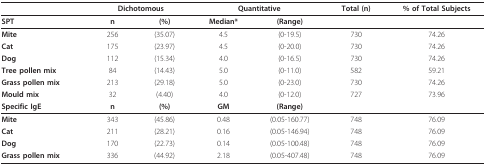
<table><thead><tr><td></td><td colspan="2"><b>Dichotomous</b></td><td colspan="2"><b>Quantitative</b></td><td><b>Total (n)</b></td><td><b>% of Total Subjects</b></td></tr></thead><tbody><tr><td><b>SPT</b></td><td><b>n</b></td><td><b>(%)</b></td><td><b>Median*</b></td><td><b>(Range)</b></td><td></td><td></td></tr><tr><td><b>Mite</b></td><td>256</td><td>(35.07)</td><td>4.5</td><td>(0-19.5)</td><td>730</td><td>74.26</td></tr><tr><td><b>Cat</b></td><td>175</td><td>(23.97)</td><td>4.5</td><td>(0-20.0)</td><td>730</td><td>74.26</td></tr><tr><td><b>Dog</b></td><td>112</td><td>(15.34)</td><td>4.0</td><td>(0-16.5)</td><td>730</td><td>74.26</td></tr><tr><td><b>Tree pollen mix</b></td><td>84</td><td>(14.43)</td><td>5.0</td><td>(0-11.0)</td><td>582</td><td>59.21</td></tr><tr><td><b>Grass pollen mix</b></td><td>213</td><td>(29.18)</td><td>5.0</td><td>(0-23.0)</td><td>730</td><td>74.26</td></tr><tr><td><b>Mould mix</b></td><td>32</td><td>(4.40)</td><td>4.0</td><td>(0-12.0)</td><td>727</td><td>73.96</td></tr><tr><td><b>Specific IgE</b></td><td><b>n</b></td><td><b>(%)</b></td><td><b>GM</b></td><td><b>(Range)</b></td><td></td><td></td></tr><tr><td><b>Mite</b></td><td>343</td><td>(45.86)</td><td>0.48</td><td>(0.05-160.77)</td><td>748</td><td>76.09</td></tr><tr><td><b>Cat</b></td><td>211</td><td>(28.21)</td><td>0.16</td><td>(0.05-146.94)</td><td>748</td><td>76.09</td></tr><tr><td><b>Dog</b></td><td>170</td><td>(22.73)</td><td>0.14</td><td>(0.05-100.48)</td><td>748</td><td>76.09</td></tr><tr><td><b>Grass pollen mix</b></td><td>336</td><td>(44.92)</td><td>2.18</td><td>(0.05-407.48)</td><td>748</td><td>76.09</td></tr></tbody></table>